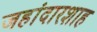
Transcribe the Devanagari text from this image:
जहांदारशाह